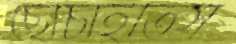
ছোঁচাইতিস